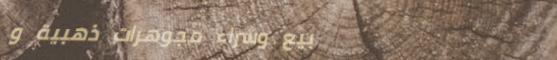
بيع وشراء مجوهرات ذهبية و